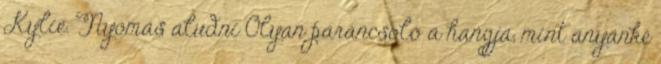
Kylie. Nyomás aludni Olyan parancsoló a hangja, mint anyánké